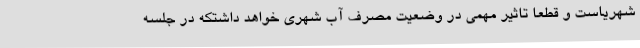
شهریاست و قطعا تاثیر مهمی در وضعیت مصرف آب شهری خواهد داشتکه در جلسه